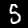
Digit: 5